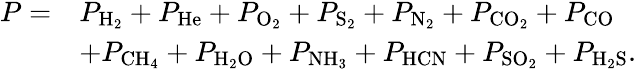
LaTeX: \begin{array}{rl}{P=}&{P_{\mathrm{H_{2}}}+P_{\mathrm{He}}+P_{\mathrm{O_{2}}}+P_{\mathrm{S_{2}}}+P_{\mathrm{N_{2}}}+P_{\mathrm{CO_{2}}}+P_{\mathrm{CO}}}\\ &{+P_{\mathrm{CH_{4}}}+P_{\mathrm{H_{2}O}}+P_{\mathrm{NH_{3}}}+P_{\mathrm{HCN}}+P_{\mathrm{SO_{2}}}+P_{\mathrm{H_{2}S}}.}\end{array}